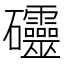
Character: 𥘃